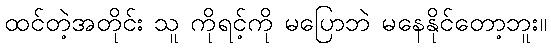
ထင်တဲ့အတိုင်း သူ ကိုရင့်ကို မပြောဘဲ မနေနိုင်တော့ဘူး။